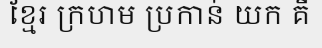
ខ្មែរ ក្រហម ប្រកាន់ យក គឺ